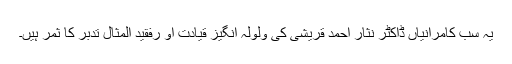
یہ سب کامرانیاں ڈاکٹر نثار احمد قریشی کی ولولہ انگیز قیادت او رفقید المثال تدبر کا ثمر ہیں۔